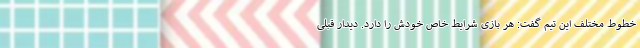
خطوط مختلف این تیم گفت: هر بازی شرایط خاص خودش را دارد. دیدار قبلی